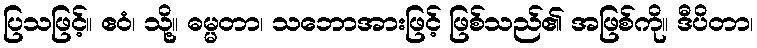
ပြသဖြင့်။ ဧဝံ၊ သို့။ ဓမ္မတာ၊ သဘောအားဖြင့် ဖြစ်သည်၏ အဖြစ်ကို။ ဒီပိတာ၊